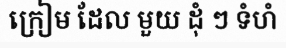
ក្រៀម ដែល មួយ ដុំ ៗ ទំហំ